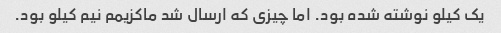
یک کیلو نوشته شده بود. اما چیزی که ارسال شد ماکزیمم نیم کیلو بود.